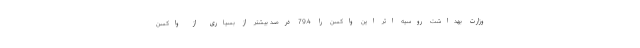
وزارت بهداشت روسیه اثر این واکسن را 79.4 درصد بیشتر از بسیاری از واکسن